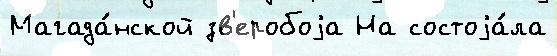
Магада́нской зв'еробоjа На состоjа́ла